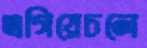
এগিয়েচলে